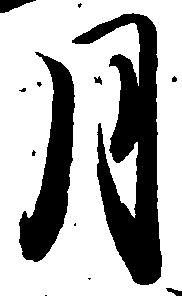
月